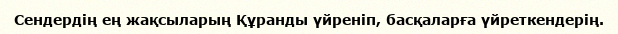
Сендердің ең жақсыларың Құранды үйреніп, басқаларға үйреткендерің.